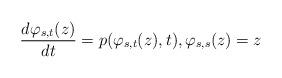
LaTeX: \begin{align*}\frac{d\varphi_{s,t}(z)}{dt} = p(\varphi_{s,t}(z), t), \varphi_{s,s}(z) = z\end{align*}